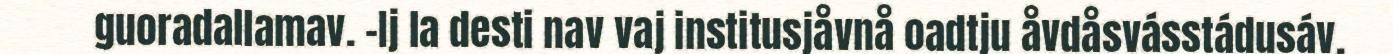
guoradallamav. –Ij la desti nav vaj institusjåvnå oadtju åvdåsvásstádusáv.